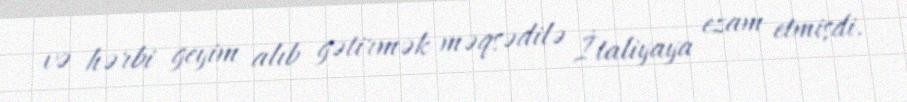
və hərbi geyim alıb gətirmək məqsədilə İtaliyaya ezam etmişdi.